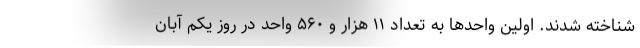
شناخته شدند. اولین واحدها به تعداد ۱۱ هزار و ۵۶۰ واحد در روز یکم آبان